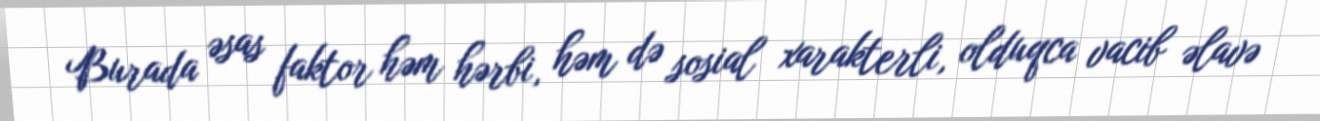
Burada əsas faktor həm hərbi, həm də sosial xarakterli, olduqca vacib əlavə